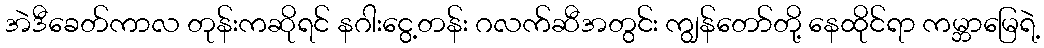
အဲဒီခေတ်ကာလ တုန်းကဆိုရင် နဂါးငွေ့တန်း ဂလက်ဆီအတွင်း ကျွန်တော်တို့ နေထိုင်ရာ ကမ္ဘာမြေရဲ့